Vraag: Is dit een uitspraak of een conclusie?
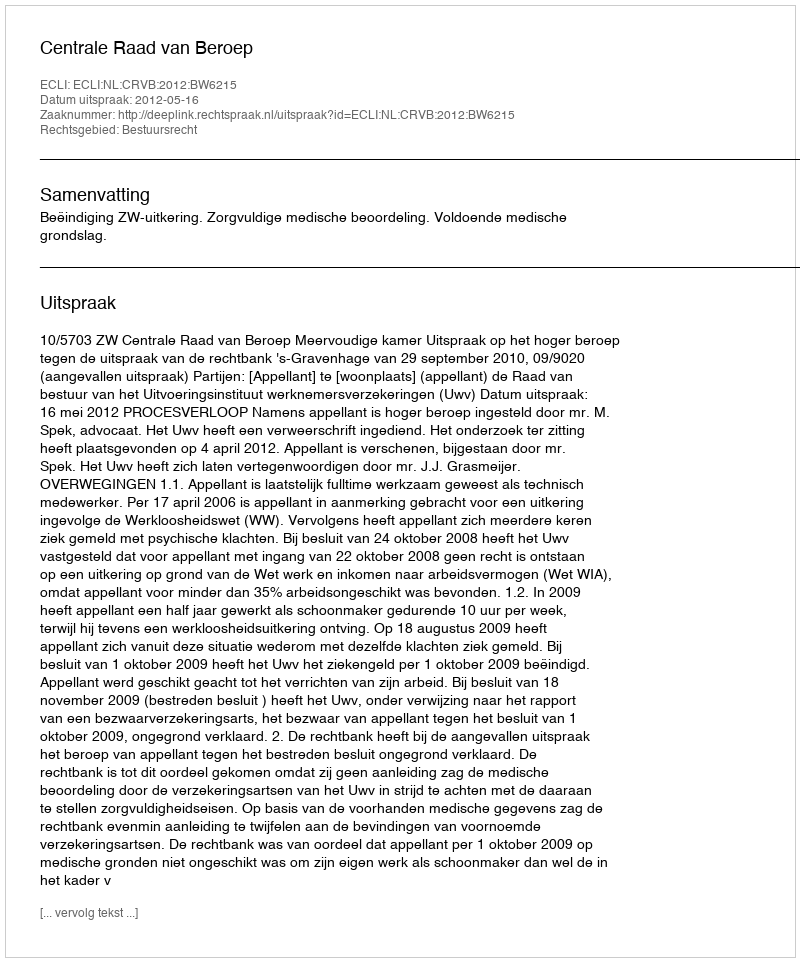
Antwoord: Uitspraak